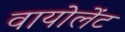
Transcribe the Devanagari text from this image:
वायोलेंट